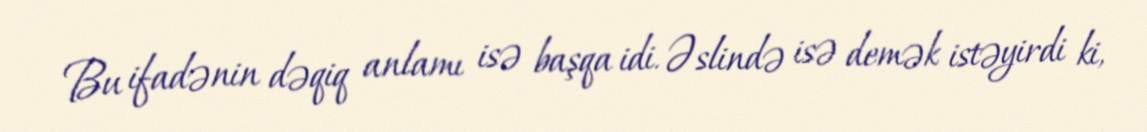
Bu ifadənin dəqiq anlamı isə başqa idi. Əslində isə demək istəyirdi ki,